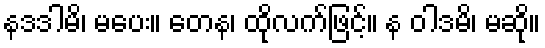
နဒဒါမိ၊ မပေး။ တေန၊ ထိုလက်ဖြင့်။ န ဝါဒမိ၊ မဆို။